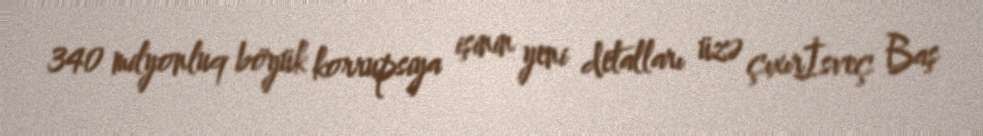
340 milyonluq böyük korrupsiya işinin yeni detalları üzə çıxırİsveç Baş